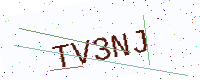
Text: TV3NJ